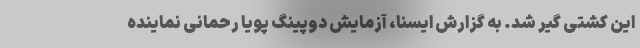
این کشتی گیر شد. به گزارش ایسنا، آزمایش دوپینگ پویا رحمانی نماینده